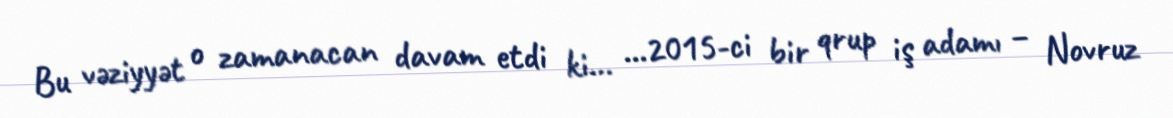
Bu vəziyyət o zamanacan davam etdi ki… …2015-ci bir qrup iş adamı – Novruz